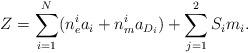
LaTeX: \begin{align*}Z = \sum_{i=1}^{N} (n^{i}_e a_i + n^{i}_m a_{D_i})+ \sum_{j=1}^{2} S_i m_i.\end{align*}